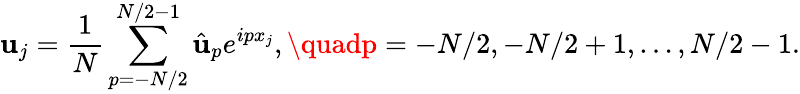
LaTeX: {\mathbf{u}}_{j}=\frac{{1}}{{N}}\sum_{p=-N/2}^{N/2-1}\hat{{\mathbf{u}}}_{p}e^{ipx_{j}},\quadp=-N/2,-N/2+1,\dots,N/2-1.